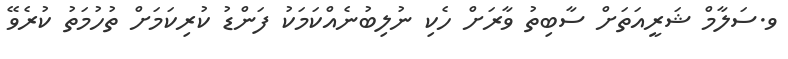
ވ.ސަލާމް ޝަރީއަތަށް ސާބިތު ވާރަށް ހެކި ނުލިބުނެއްކަމަކު ފަންޑު ކުރިކަމަށް ތުހުމަތު ކުރެވޭ